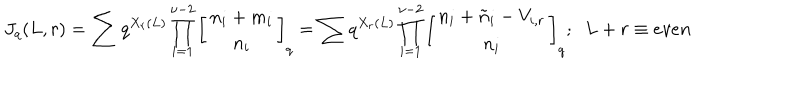
LaTeX: J _ { q } ( L , r ) = \sum q ^ { X _ { r } ( L ) } \prod _ { i = 1 } ^ { \nu - 2 } \left[ \begin{array} { c } { { n _ { i } + m _ { i } } } \\ { { n _ { i } } } \\ \end{array} \right] _ { q } = \sum q ^ { X _ { r } ( L ) } \prod _ { i = 1 } ^ { \nu - 2 } \left[ \begin{array} { c } { { n _ { i } + \tilde { n } _ { i } - V _ { i , r } } } \\ { { n _ { i } } } \\ \end{array} \right] _ { q } ; \; \; L + r \equiv e v e n \; \;